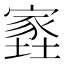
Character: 𡑫